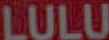
LULU